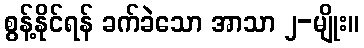
စွန့်နိုင်ရန် ခက်ခဲသော အာသာ ၂-မျိုး။